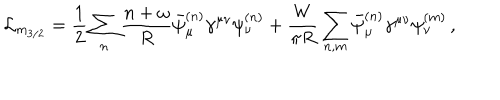
\mathcal { L } _ { m _ { 3 / 2 } } = \frac { 1 } { 2 } \sum _ { n } \frac { n + \omega } { R } \bar { \psi } _ { \mu } ^ { ( n ) } \gamma ^ { \mu \nu } \psi _ { \nu } ^ { ( n ) } + \frac { W } { \pi R } \sum _ { n , m } \bar { \psi } _ { \mu } ^ { ( n ) } \gamma ^ { \mu \nu } \psi _ { \nu } ^ { ( m ) } \, ,